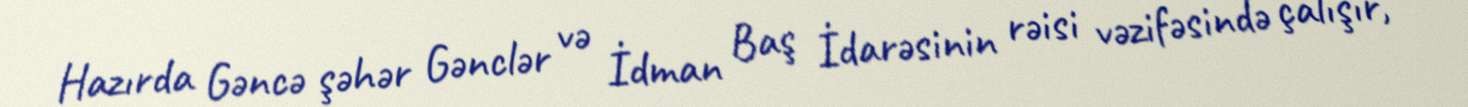
Hazırda Gəncə şəhər Gənclər və İdman Baş İdarəsinin rəisi vəzifəsində çalışır,